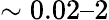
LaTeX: \sim 0.02–2